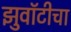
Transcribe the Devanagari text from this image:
झुवॉटीचा